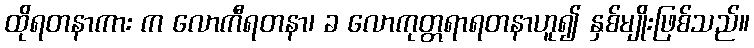
ထိုရတနာကား က လောကီရတနာ၊ ခ လောကုတ္တရာရတနာဟူ၍ နှစ်မျိုးဖြစ်သည်။